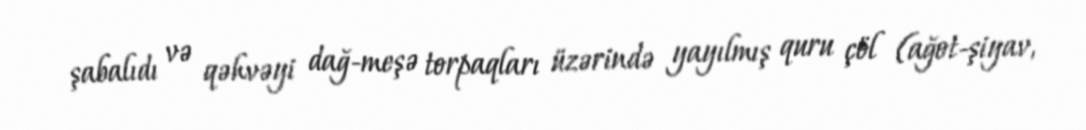
şabalıdı və qəhvəyi dağ-meşə torpaqları üzərində yayılmış quru çöl (ağot-şiyav,